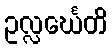
ဥလ္လင်္ဃေတိ